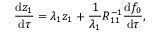
\frac { \mathrm { d } z _ { 1 } } { \mathrm { d } \tau } = \lambda _ { 1 } z _ { 1 } + \frac { 1 } { \lambda _ { 1 } } R _ { 1 1 } ^ { - 1 } \frac { \mathrm { d } f _ { 0 } } { \mathrm { d } \tau } ,